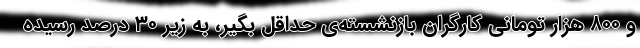
و ۸۰۰ هزار تومانی کارگران بازنشسته‌ی حداقل بگیر، به زیر ۳۰ درصد رسیده